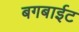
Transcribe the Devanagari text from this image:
बगबाईट